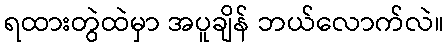
ရထားတွဲထဲမှာ အပူချိန် ဘယ်လောက်လဲ။